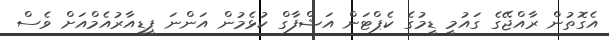
އެގޮތުން ރާއްޖޭގެ ގައުމީ ޑީމުގެ ކެޕްޓަން އަޝްފާގް ކުޅެމުން އަންނަ ޕީޑީއާރުއެމްއަށް ވެސް